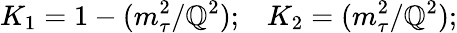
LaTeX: K_{1}=1-({m_{\tau}^{2}}/{\mathbb{Q}^{2}});\, \, \, \, \, K_{2}=({m_{\tau}^{2}}/{\mathbb{Q}^{2}});